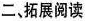
二，拓展阅读